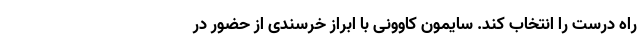
راه درست را انتخاب کند. سایمون کاوونی با ابراز خرسندی از حضور در